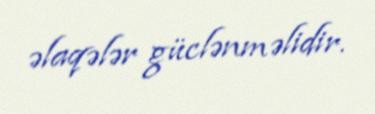
əlaqələr güclənməlidir.